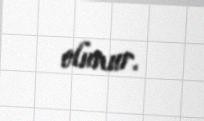
olunur.